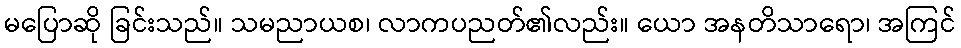
မပြောဆို ခြင်းသည်။ သမညာယစ၊ လာကပညတ်၏လည်း။ ယော အနတိသာရော၊ အကြင်